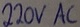
Text: 220V AC